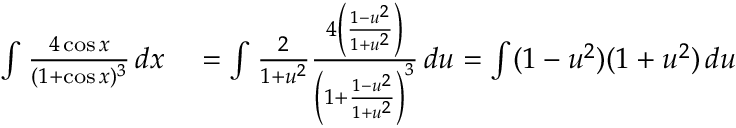
\begin{array} { r l } { \int { \frac { 4 \cos x } { ( 1 + \cos x ) ^ { 3 } } } \, d x } & { { } = \int { \frac { 2 } { 1 + u ^ { 2 } } } { \frac { 4 \left( { \frac { 1 - u ^ { 2 } } { 1 + u ^ { 2 } } } \right) } { \left( 1 + { \frac { 1 - u ^ { 2 } } { 1 + u ^ { 2 } } } \right) ^ { 3 } } } \, d u = \int ( 1 - u ^ { 2 } ) ( 1 + u ^ { 2 } ) \, d u } \end{array}